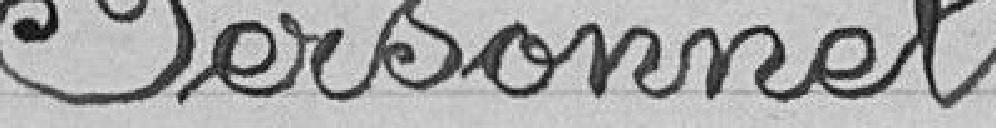
Personnel